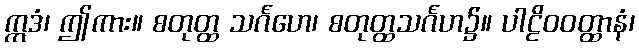
ဣဒံ၊ ဤကား။ စတုတ္ထ သင်္ဂဟေ၊ စတုတ္ထသင်္ဂဟ၌။ ပါဠိဝဝတ္ထာနံ၊